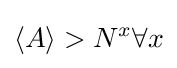
\langle A\rangle >N^{x}\forall x